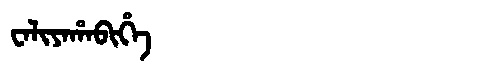
Manchu: ᠸᠠᠯᡳᠶᠠᡥᠠᠪᡳᡥᡝ
Romanization: WALIYAHABIHE